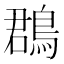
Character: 鵘